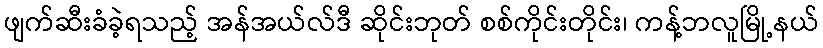
ဖျက်ဆီးခံခဲ့ရသည့် အန်အယ်လ်ဒီ ဆိုင်းဘုတ် စစ်ကိုင်းတိုင်း၊ ကန့်ဘလူမြို့နယ်